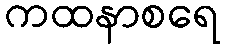
ကထနာစရေ